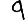
Digit: 9